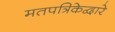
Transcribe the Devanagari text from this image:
मतपत्रिकेद्वारे